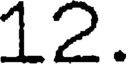
12.